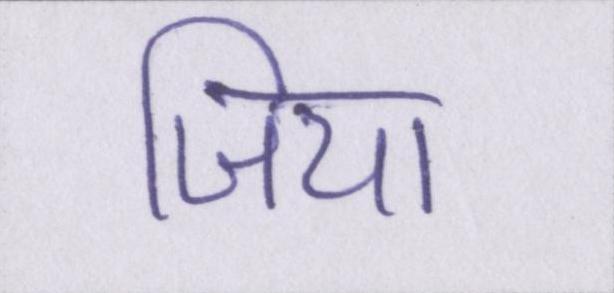
जिया